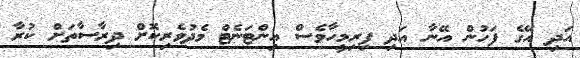
އަދި އޭގެ ފަހުން އޭނާ އަދި ފިރިމީހާވެސް އިންޓަނެޓް މެދުވެރިކޮށް ދިރާސާތަށް ކުރާ